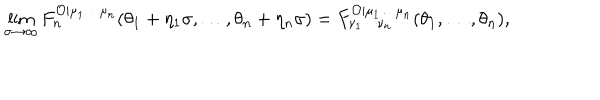
LaTeX: \lim _ { \sigma \rightarrow \infty } F _ { n } ^ { \mathcal { O } | \mu _ { 1 } \ldots \mu _ { n } } ( \theta _ { 1 } + \eta _ { 1 } \sigma , \ldots , \theta _ { n } + \eta _ { n } \sigma ) = F _ { \nu _ { 1 } \cdots \nu _ { n } } ^ { \mathcal { O } | \mu _ { 1 } \ldots \mu _ { n } } ( \theta _ { 1 } , \ldots , \theta _ { n } ) ,